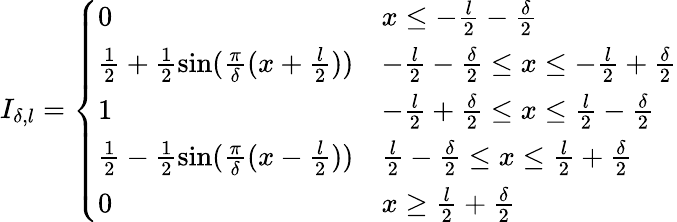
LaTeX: \begin{array}{r}{I_{\delta,l}=\left\{ \begin{array}{ll}{0}&{x\leq-\frac{l}{2}-\frac{\delta}{2}}\\ {\frac{1}{2}+\frac{1}{2}\sin(\frac{\pi}{\delta}(x+\frac{l}{2}))}&{-\frac{l}{2}-\frac{\delta}{2}\leq x\leq-\frac{l}{2}+\frac{\delta}{2}}\\ {1}&{-\frac{l}{2}+\frac{\delta}{2}\leq x\leq\frac{l}{2}-\frac{\delta}{2}}\\ {\frac{1}{2}-\frac{1}{2}\sin(\frac{\pi}{\delta}(x-\frac{l}{2}))}&{\frac{l}{2}-\frac{\delta}{2}\leq x\leq\frac{l}{2}+\frac{\delta}{2}}\\ {0}&{x\geq\frac{l}{2}+\frac{\delta}{2}}\end{array}\right.}\end{array}